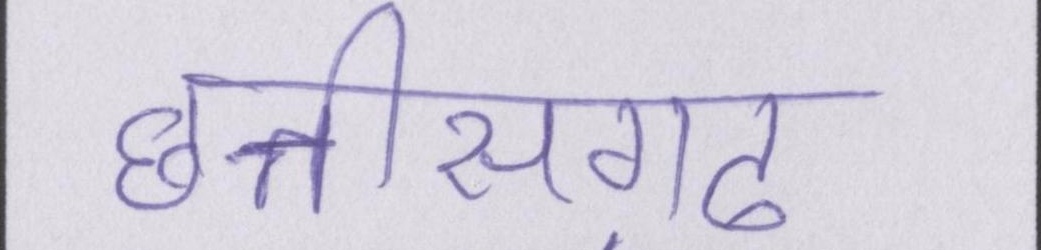
छत्तीसग़ढ